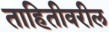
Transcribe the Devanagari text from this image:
ताहितीवरील